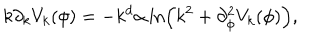
LaTeX: k \partial _ { k } V _ { k } ( \phi ) = - k ^ { d } \alpha \ln \left( k ^ { 2 } + \partial _ { \phi } ^ { 2 } V _ { k } ( \phi ) \right) ,